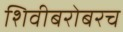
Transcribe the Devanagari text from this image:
शिवीबरोबरच